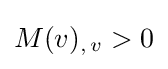
M(v)_{,\,v}>0